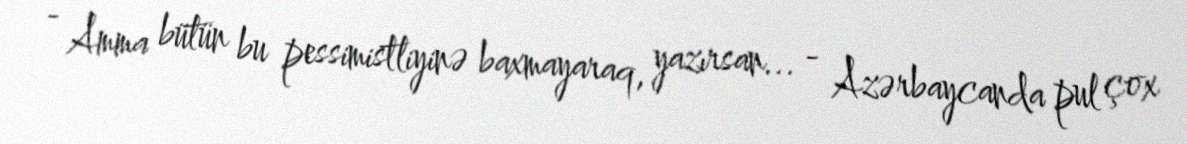
- Amma bütün bu pessimistliyinə baxmayaraq, yazırsan... - Azərbaycanda pul çox